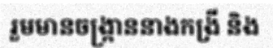
រួមមានចង្ក្រាននាងកង្រី និង